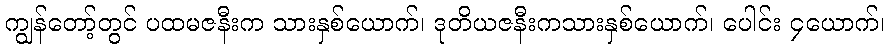
ကျွန်တော့်တွင် ပထမဇနီးက သားနှစ်ယောက်၊ ဒုတိယဇနီးကသားနှစ်ယောက်၊ ပေါင်း ၄ယောက်၊